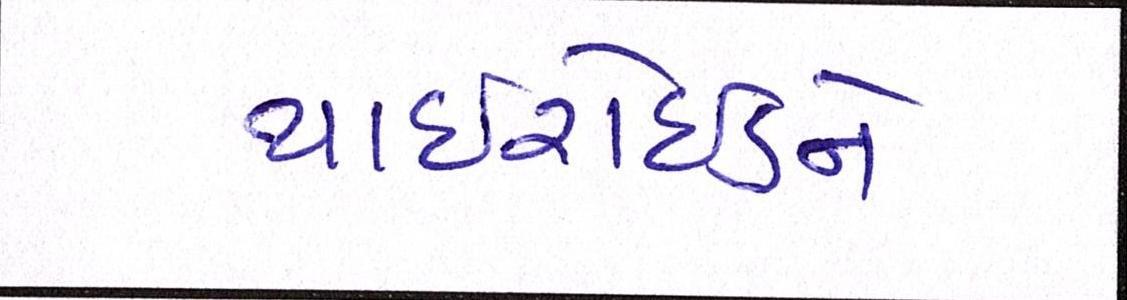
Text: થાઈરોઈડને